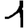
Digit: 1